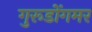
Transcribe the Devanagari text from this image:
गुरूडोंगमर